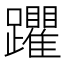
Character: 躣